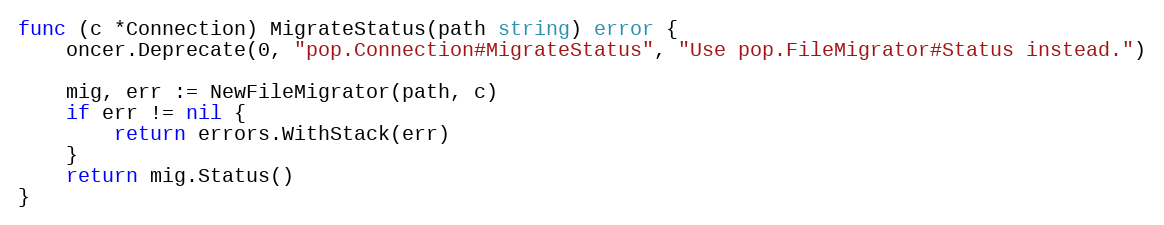
Language: Go
func (c *Connection) MigrateStatus(path string) error {
	oncer.Deprecate(0, "pop.Connection#MigrateStatus", "Use pop.FileMigrator#Status instead.")

	mig, err := NewFileMigrator(path, c)
	if err != nil {
		return errors.WithStack(err)
	}
	return mig.Status()
}